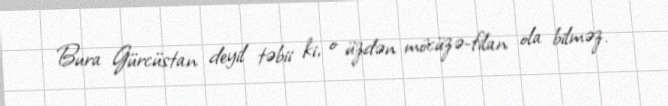
Bura Gürcüstan deyil təbii ki, o üzdən möcüzə-filan ola bilməz.